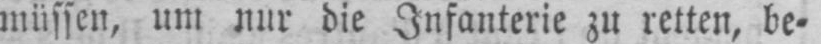
müssen, um nur die Infanterie zu retten, be⸗